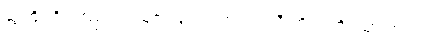
ဆွဲကြိုးကို ကြည့်ရင်း သူဇာလွင် လော့ကတ်သီးကို သတိရသွားတယ်။